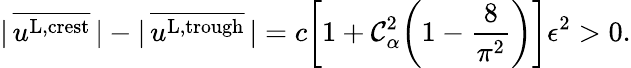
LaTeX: |\, \overline{{u^{\textnormal{L,crest}}}}\, |-|\, \overline{{u^{\textnormal{L,trough}}}}\, |=c\bigg[1+\mathcal{C}_{\alpha}^{2}\bigg(1-\frac{8}{\pi^{2}}\bigg)\bigg]\epsilon^{2}>0.